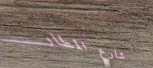
شارع المطار